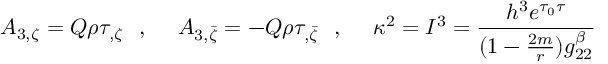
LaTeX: A _ { 3 , \zeta } = Q \rho \tau _ { , \zeta } \ \ , \ \ \ \ A _ { 3 , \bar { \zeta } } = - Q \rho \tau _ { , \bar { \zeta } } \ \ , \ \ \ \ \kappa ^ { 2 } = I ^ { 3 } = { \frac { h ^ { 3 } e ^ { \tau _ { 0 } \tau } } { ( 1 - { \frac { 2 m } { r } } ) g _ { 2 2 } ^ { \beta } } }